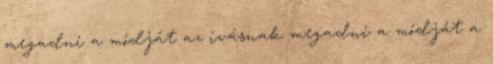
megadni a módját az ivásnak megadni a módját a